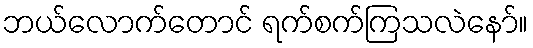
ဘယ်လောက်တောင် ရက်စက်ကြသလဲနော်။